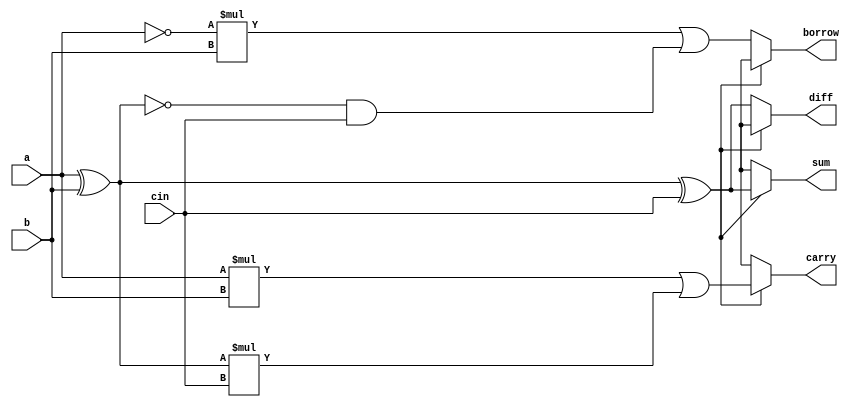
module FAS (input a, input b, input cin, output sum, output carry,output diff, output borrow) ;

//en= 1 addition , en =0 subtraction

wire l;
assign l = (a^b);
assign sum = en?(a^b^cin):1'bx ;
assign carry =  en?((a*b)|l*cin):1'bx ;
  assign diff = en ? 1'bx: (a^b^cin) ;
  assign borrow = en?1'bx:((~a*b)|(~l&cin ) );
 
endmodule